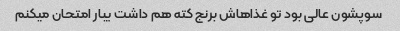
سوپشون عالی بود تو غذاهاش برنج کته هم داشت یبار امتحان میکنم